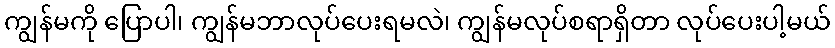
ကျွန်မကို ပြောပါ၊ ကျွန်မဘာလုပ်ပေးရမလဲ၊ ကျွန်မလုပ်စရာရှိတာ လုပ်ပေးပါ့မယ်